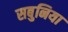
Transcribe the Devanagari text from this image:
सबुनिया